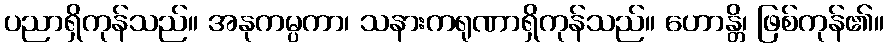
ပညာရှိကုန်သည်။ အနုကမ္ပကာ၊ သနားကရုဏာရှိကုန်သည်။ ဟောန္တိ၊ ဖြစ်ကုန်၏။